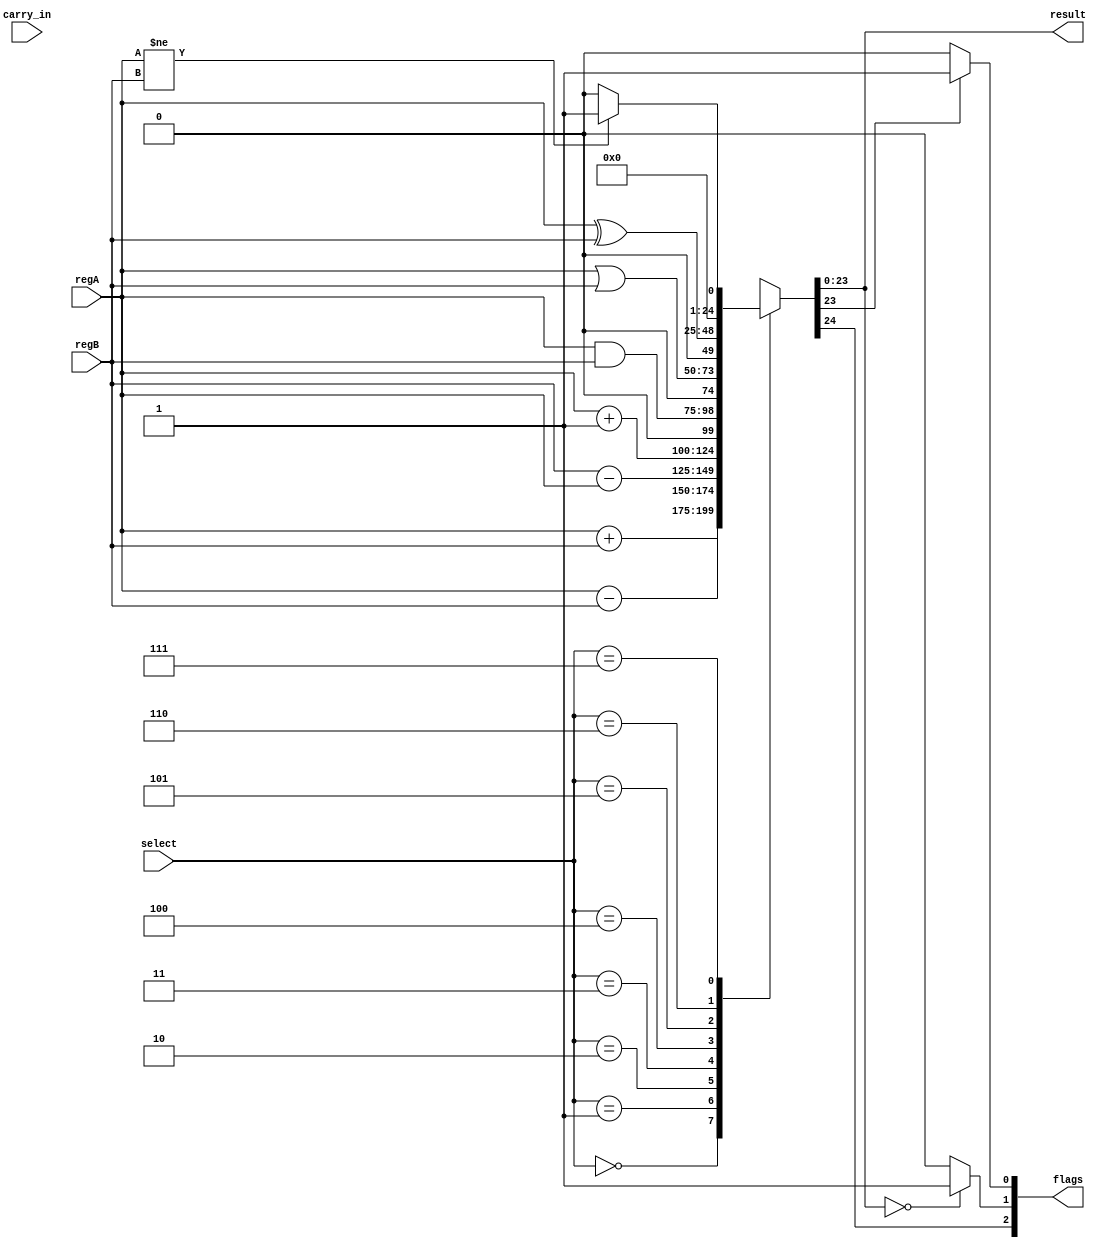
module ALU(input[23:0] regA, input[23:0] regB, output reg[23:0] result, input[2:0] select, input carry_in, output[2:0] flags);
 
parameter C_FLAG = 2;
parameter Z_FLAG = 1;
parameter N_FLAG = 0;
parameter ADD = 0;
parameter SUB = 1;
parameter SUB_R = 2;
parameter INC = 3; 
parameter AND = 4;
parameter OR = 5;
parameter XOR = 6;
parameter EQ = 7;
reg C, Z, N, beq_result;
  
  always @(*) 
    begin
      case (select)
        ADD: {C, result} <= regA + regB;
        SUB: {C, result} <= regA - regB;
       	SUB_R: {C, result} <= regB - regA;
        INC: {C, result} <= regA + 1;
        AND: {C, result} <= regA & regB;
        OR: {C, result} <= regA | regB;
        XOR: {C, result} <= regA ^ regB;
        EQ: {C, result} <= (regA != regB) ? 1 : 0;
        default: {C, result} <= regA + regB;
      endcase

      if(result == 0) 
         Z <= 1;
      else 
         Z <= 0;
  	  
  
      if(result[23] == 1) 
        begin
        N <= 1;
        end
  	  else 
       N <= 0;
  	  
  end
  
  assign flags[2] = C;
  assign flags[1] = Z;
  assign flags[0] = N;
  
endmodule